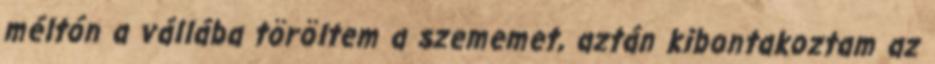
méltón a vállába töröltem a szememet, aztán kibontakoztam az